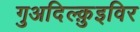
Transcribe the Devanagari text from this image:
गुअदिल्क़ुइविर